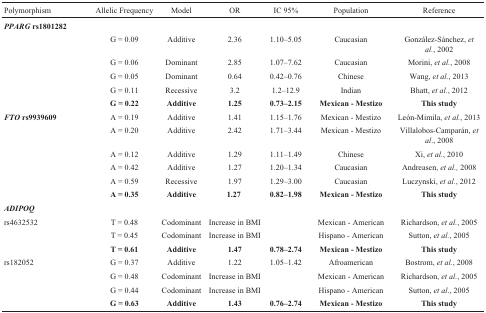
<table><thead><tr><td><b>Polymorphism</b></td><td><b>Allelic Frequency</b></td><td><b>Model</b></td><td><b>OR</b></td><td><b>IC 95%</b></td><td><b>Population</b></td><td><b>Reference</b></td></tr></thead><tbody><tr><td><b><i>PPARG</i> rs1801282</b></td><td></td><td></td><td></td><td></td><td></td><td></td></tr><tr><td></td><td>G = 0.09</td><td>Additive</td><td>2.36</td><td>1.10–5.05</td><td>Caucasian</td><td>González-Sánchez, <i>et al.</i>,2002</td></tr><tr><td></td><td>G = 0.06</td><td>Dominant</td><td>2.85</td><td>1.07–7.62</td><td>Caucasian</td><td>Morini, <i>et al.</i>, 2008</td></tr><tr><td></td><td>G = 0.05</td><td>Dominant</td><td>0.64</td><td>0.42–0.76</td><td>Chinese</td><td>Wang, <i>et al.</i>, 2013</td></tr><tr><td></td><td>G = 0.11</td><td>Recessive</td><td>3.2</td><td>1.2–12.9</td><td>Indian</td><td>Bhatt, <i>et al.</i>, 2012</td></tr><tr><td></td><td><b>G = 0.22</b></td><td><b>Additive</b></td><td><b>1.25</b></td><td><b>0.73–2.15</b></td><td><b>Mexican – Mestizo</b></td><td><b>This study</b></td></tr><tr><td><b><i>FTO</i> rs9939609</b></td><td>A = 0.19</td><td>Additive</td><td>1.41</td><td>1.15–1.76</td><td>Mexican – Mestizo</td><td>León-Mimila, <i>et al.</i>,2013</td></tr><tr><td></td><td>A = 0.20</td><td>Additive</td><td>2.42</td><td>1.71–3.44</td><td>Mexican – Mestizo</td><td>Villalobos-Comparán, <i>etal</i>., 2008</td></tr><tr><td></td><td>A = 0.12</td><td>Additive</td><td>1.29</td><td>1.11–1.49</td><td>Chinese</td><td>Xi, <i>et al.</i>, 2010</td></tr><tr><td></td><td>A = 0.42</td><td>Additive</td><td>1.27</td><td>1.20–1.34</td><td>Caucasian</td><td>Andreasen, <i>et al.,</i>2008</td></tr><tr><td></td><td>A = 0.59</td><td>Recessive</td><td>1.97</td><td>1.29–3.00</td><td>Caucasian</td><td>Luczynski, <i>et al.</i>,2012</td></tr><tr><td></td><td><b>A = 0.35</b></td><td><b>Additive</b></td><td><b>1.27</b></td><td><b>0.82–1.98</b></td><td><b>Mexican – Mestizo</b></td><td><b>This study</b></td></tr><tr><td><i><b>ADIPOQ</b></i></td><td></td><td></td><td></td><td></td><td></td><td></td></tr><tr><td>rs4632532</td><td>T = 0.48</td><td>Codominant</td><td>Increase in BMI</td><td></td><td>Mexican – American</td><td>Richardson, <i>et al.</i>,2005</td></tr><tr><td></td><td>T = 0.45</td><td>Codominant</td><td>Increase in BMI</td><td></td><td>Hispano – American</td><td>Sutton, <i>et al.</i>, 2005</td></tr><tr><td></td><td><b>T = 0.61</b></td><td><b>Additive</b></td><td><b>1.47</b></td><td><b>0.78–2.74</b></td><td><b>Mexican – Mestizo</b></td><td><b>This study</b></td></tr><tr><td>rs182052</td><td>G = 0.37</td><td>Additive</td><td>1.22</td><td>1.05–1.42</td><td>Afroamerican</td><td>Bostrom, <i>et al.</i>, 2008</td></tr><tr><td></td><td>G = 0.48</td><td>Codominant</td><td>Increase in BMI</td><td></td><td>Mexican – American</td><td>Richardson, <i>et al.</i>,2005</td></tr><tr><td></td><td>G = 0.44</td><td>Codominant</td><td>Increase in BMI</td><td></td><td>Hispano – American</td><td>Sutton, <i>et al</i>., 2005</td></tr><tr><td></td><td><b>G = 0.63</b></td><td><b>Additive</b></td><td><b>1.43</b></td><td><b>0.76–2.74</b></td><td><b>Mexican – Mestizo</b></td><td><b>This study</b></td></tr></tbody></table>